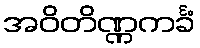
အဝိတိဏ္ဏကင်္ခံ